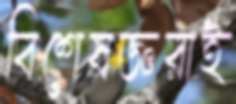
বিশেষজ্ঞরাই